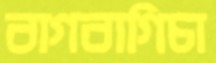
বাগবাগিচা